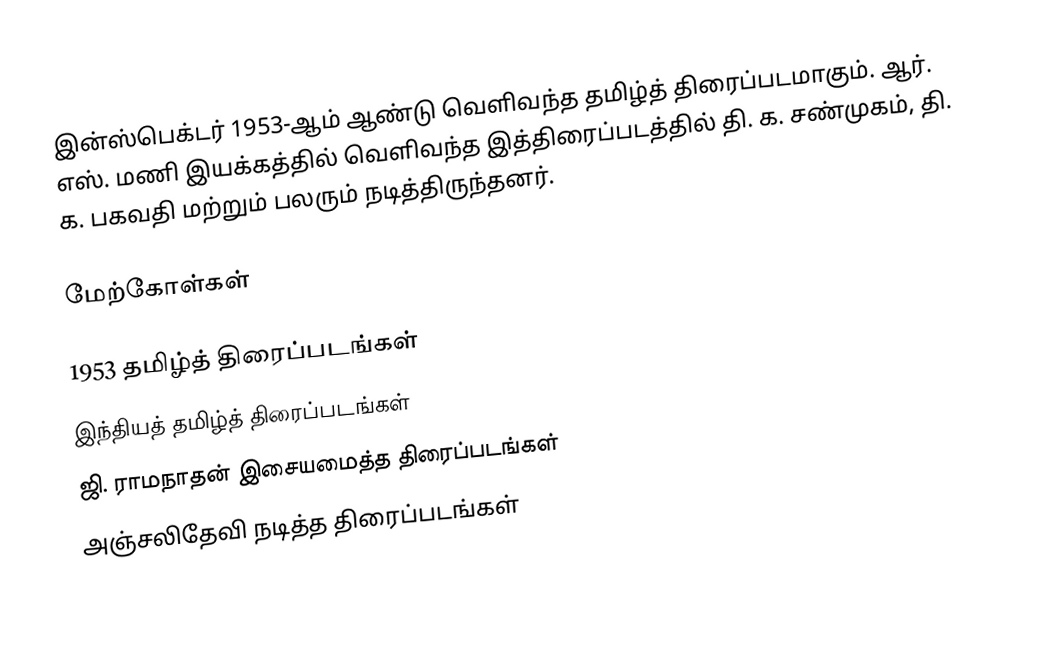
இன்ஸ்பெக்டர் 1953-ஆம் ஆண்டு வெளிவந்த தமிழ்த் திரைப்படமாகும். ஆர். எஸ். மணி இயக்கத்தில் வெளிவந்த இத்திரைப்படத்தில் தி. க. சண்முகம், தி. க. பகவதி மற்றும் பலரும் நடித்திருந்தனர்.

மேற்கோள்கள்

1953 தமிழ்த் திரைப்படங்கள்
இந்தியத் தமிழ்த் திரைப்படங்கள்
ஜி. ராமநாதன் இசையமைத்த திரைப்படங்கள்
அஞ்சலிதேவி நடித்த திரைப்படங்கள்